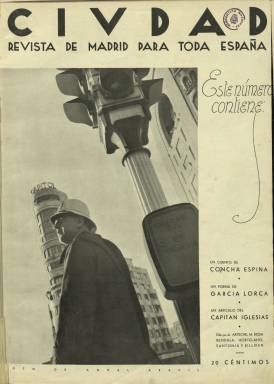
Título: Civdad (Madrid)
Otros títulos: Ciudad
Colección: Revistas de información general
Ámbito geográfico: Madrid
Lugar de publicación: Madrid
Fechas: 26/12/1934-17/04/1935

Este semanario de gran calidad salió con la intención de emular a revistas como Esfera, desaparecida en 1931, y su finalidad era editar en España una publicación moderna  de estilo europeo que reivindicase la lengua española y la cultura cristiana como valores permanentes de la hispanidad que era necesario defender. En sus páginas, no obstante, la política y la religión estaban ausentes.

  Pese a declarar que no se trataba de una revista para la alta sociedad, sino para todas las clases, tenía una sección dedicada al Gran Mundo, así como otras bien ilustradas sobre teatro, cine, moda, toros , deporte, sobre todo hípica, y otras, así como una página infantil titulada El País de las Hadas. Una de las secciones más curiosas era precisamente la de Niños de España, con fotos de recién nacidos con sus nombres debajo.

   En las páginas de Civdad, subtitulada Revista de Madrid para toda España, pueden encontrarse fotografías de los edificios más modernos de la capital de España en los años 30. En la portada de su primer número, por ejemplo, se puede ver el Edificio Carrión, o Edificio Capitol,  en la Gran Vía, un emblema recién construido del nuevo Madrid. Su sala de espectáculos es calificada como “la más suntuosa de Europa” en una página interior con dibujos del inmueble y sus instalaciones. El semanario tenía sus oficinas en el vecino Palacio de la Prensa.

   Dirigida por Víctor de la Serna, hijo de la escritora Concha Espina, la revista hizo a ésta protagonista en algunos de sus números. Así en el primero de ellos hay un cuento de la escritora junto con un poema de García Lorca, y en otro se informa de la solemne recepción dada en el Ayuntamiento de Madrid a Concha Espina.

  Los reportajes de viajes acompañados de numerosas fotografías, bajo el epígrafe de “El ojo viajero”,  fueron otro de los platos fuertes de la revista. En el número de 10 de abril de 1935, por ejemplo, se puede leer uno sobre los indígenas filipinos con el título “de Los hombres que comen perros”.

   Además de la fotografía, los dibujos en diferentes secciones daban al semanario variedad en la ilustración y un aire artístico. Uno de los ilustradores fue Cristóbal Arteche, gran cartelista de la España republicana durante la Guerra Civil.

   Otro camino muy diferente siguió el director de la revista durante la guerra, dado que Víctor de la Serna, miembro de Falange, combatió en el bando nacional y dirigió al final de la contienda el diario Informaciones, trabajando también para la Embajada de la Alemania nazi durante la II Guerra Mundial.

  En el último número  de la revista que posee la BNE, de 17 de abril de 1935, se puede ver el homenaje dedicado a Unamuno tras ser nombrado ciudadano de honor de la República. Este número, sin embargo, no es el último editado. Hay dos más, siendo el último el publicado el 1 de mayo de 1935, según la biblioteca digital de la Comunidad de Madrid, donde se pueden consultar esos números.

[Descripción publicada el 7/2/2020]